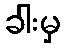
ခါးမှ